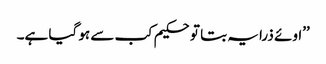
’’اوئے ذرا یہ بتا تو حکیم کب سے ہو گیا ہے۔